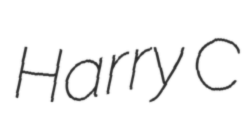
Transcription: Harry C